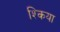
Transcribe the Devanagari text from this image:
श्किया